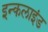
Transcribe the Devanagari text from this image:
इन्कलाइंड